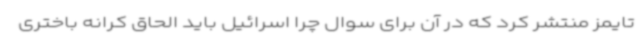
تایمز منتشر کرد که در آن برای سوال چرا اسرائیل باید الحاق کرانه باختری